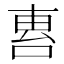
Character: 𠵤